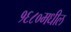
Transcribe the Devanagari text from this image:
१६८०मधील